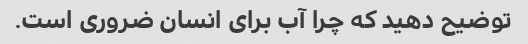
توضیح دهید که چرا آب برای انسان ضروری است.